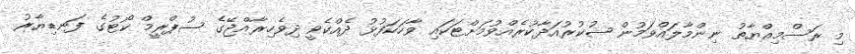
މި ރަސްމިއްޔާތު ނިންމާލައްވަމުން ޝުކުރުއަދާކުރެއްވުމަށްޓަކައި ވާހަކަފުޅު ދެއްކެވީ ދިވެހިރާއްޖޭގެ ސުޕްރީމް ކޯޓުގެ ފަނޑިޔާރު